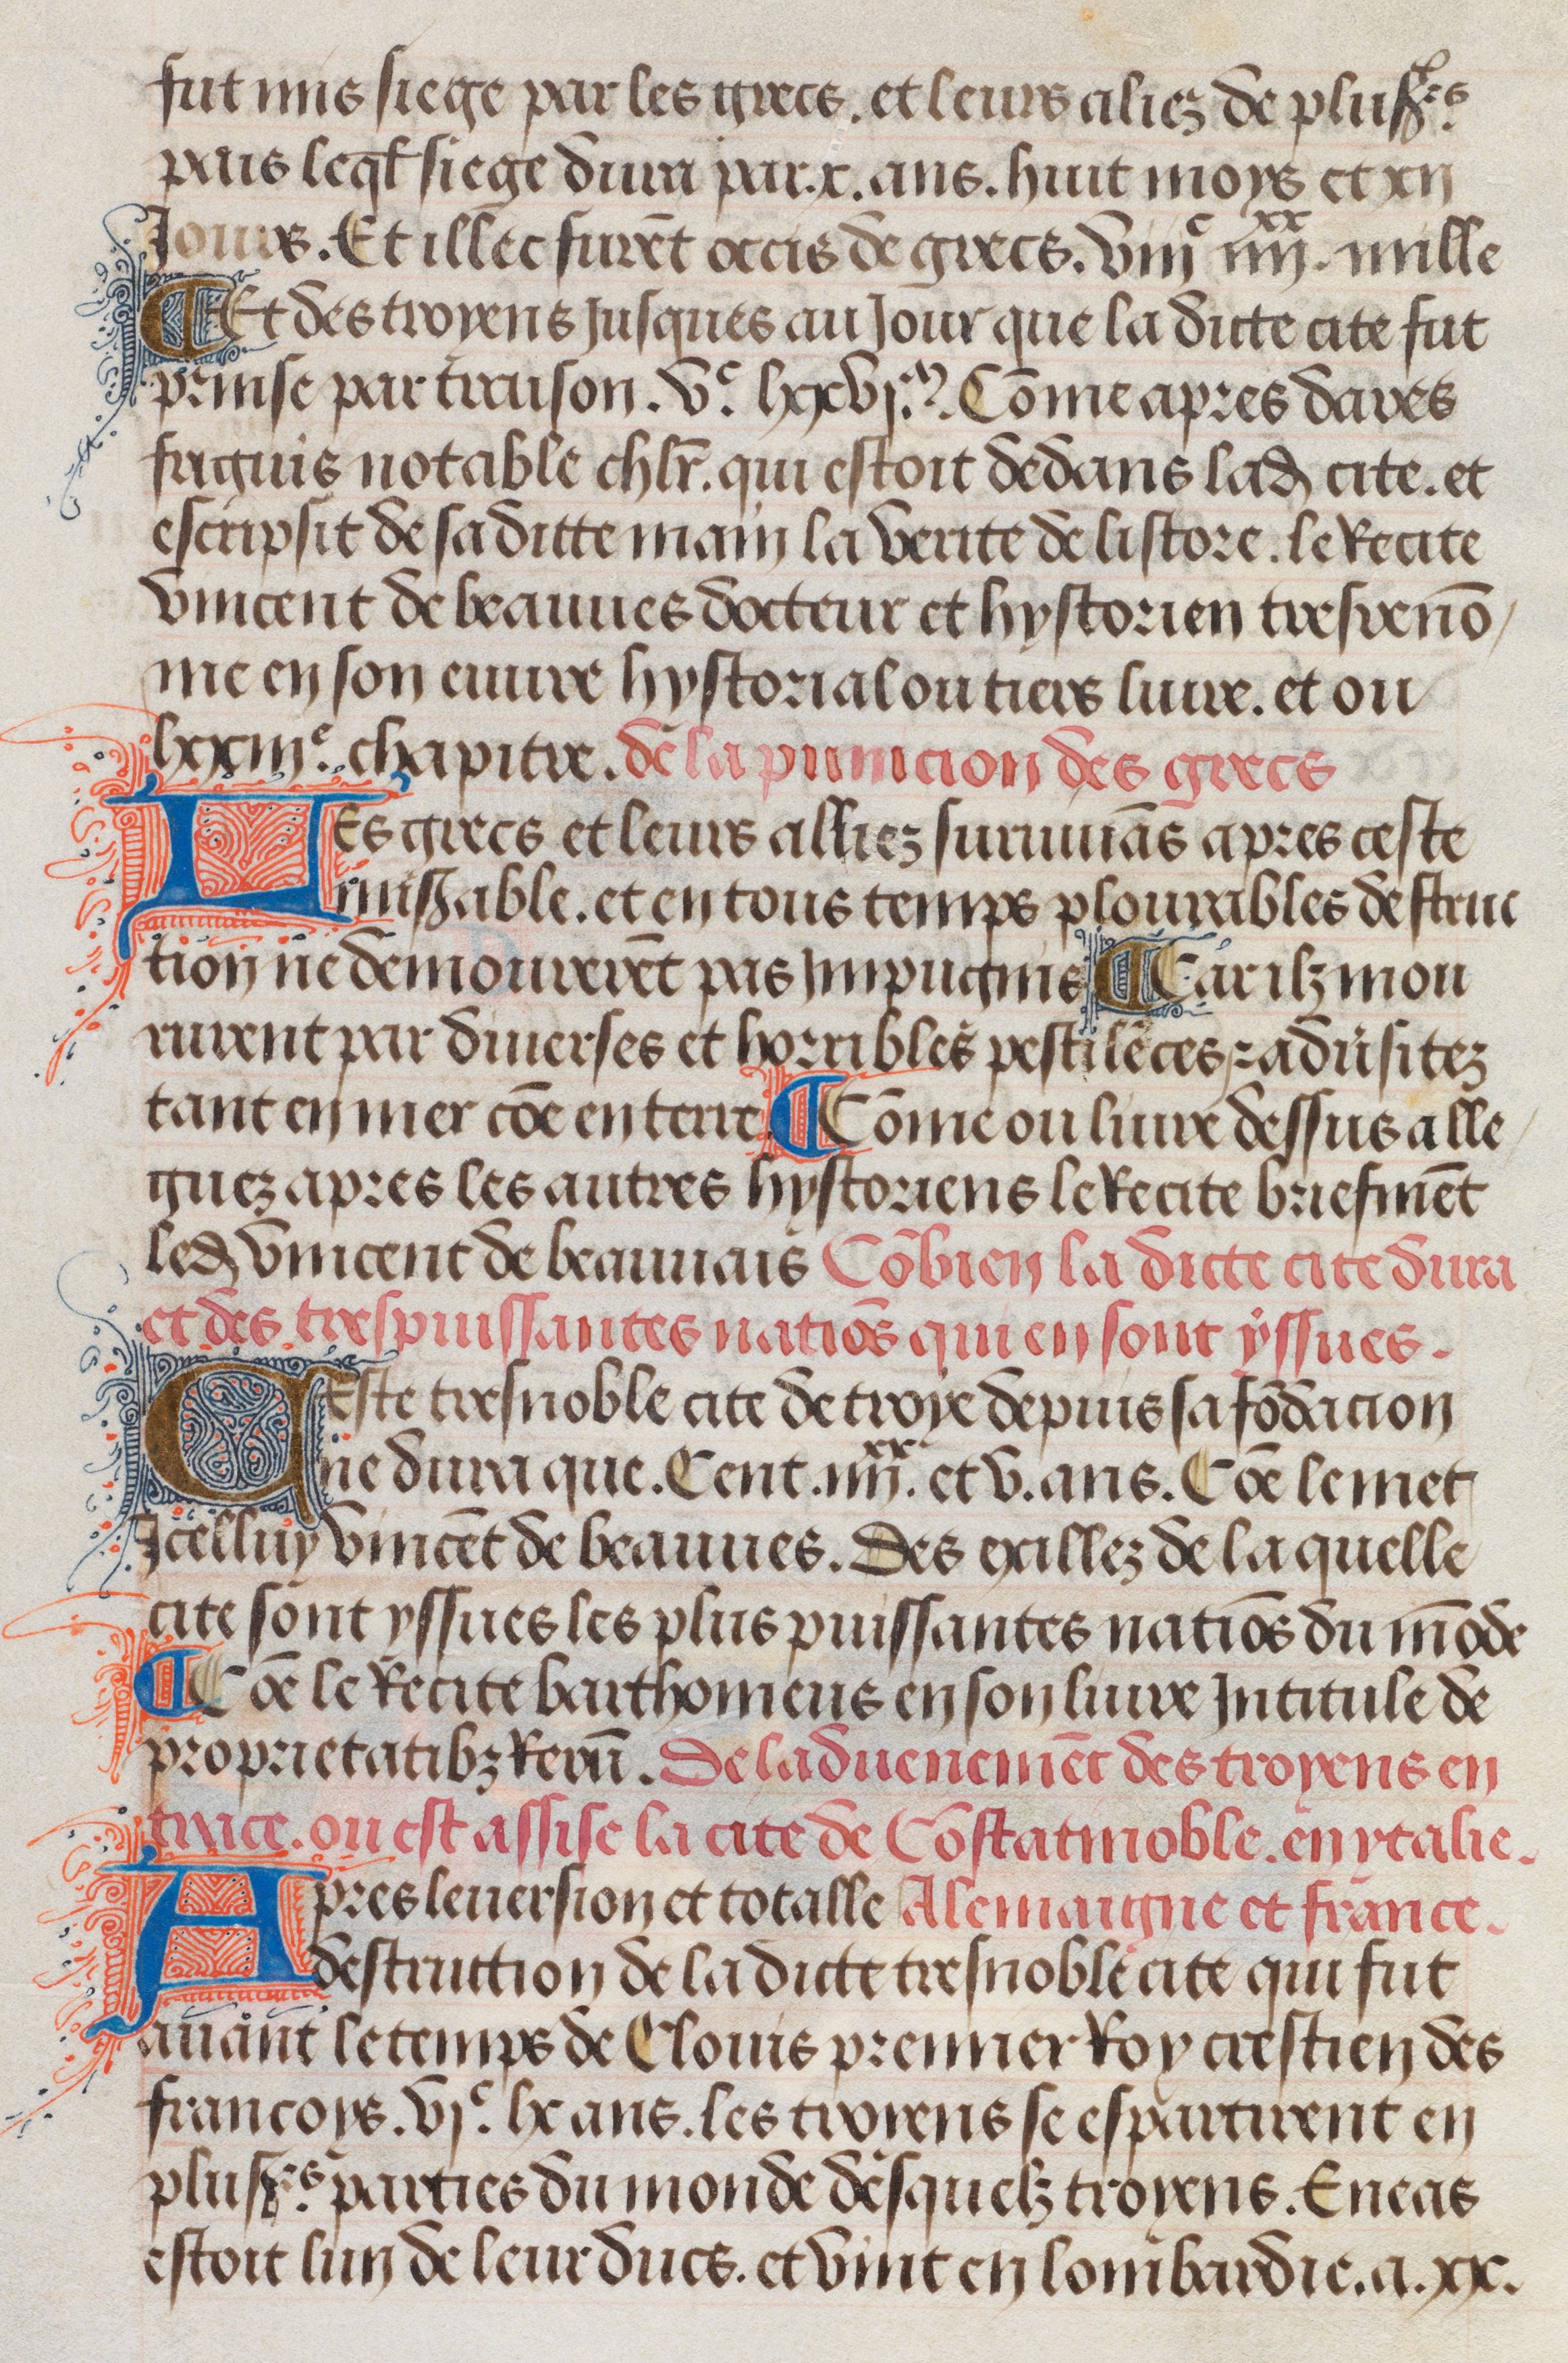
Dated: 1483–1503